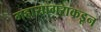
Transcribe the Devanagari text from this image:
महासागराकडून